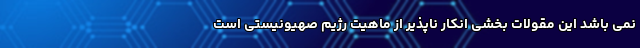
نمی باشد این مقولات بخشی انکار ناپذیر از ماهیت رژیم صهیونیستی است